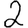
Digit: 2